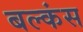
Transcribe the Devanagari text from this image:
बल्कंस